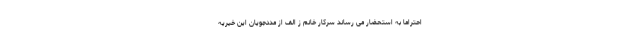
احتراماً به استحضار می رساند سرکار خانم ز الف از مددجویان این خیریه